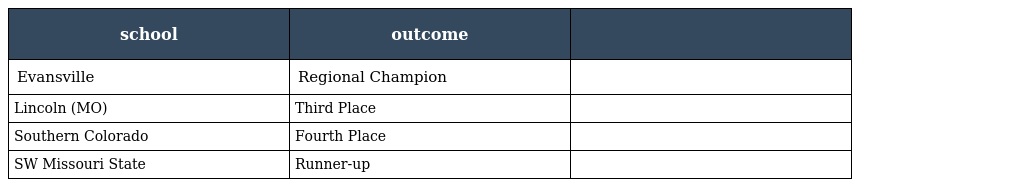
| school | outcome |  |
 | --- | --- | --- |
 | Evansville | Regional Champion |  |
 | Lincoln (MO) | Third Place |  |
 | Southern Colorado | Fourth Place |  |
 | SW Missouri State | Runner-up |  |